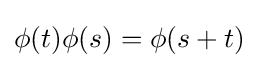
\phi (t)\phi (s)=\phi (s+t)